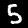
Label: 5